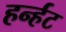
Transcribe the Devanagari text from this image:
हर्न्हट